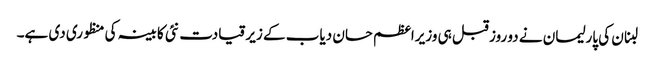
لبنان کی پارلیمان نے دو روز قبل ہی وزیراعظم حسان دیاب کے زیر قیادت نئی کابینہ کی منظوری دی ہے۔